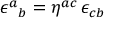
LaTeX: \epsilon ^ { a } { } _ { b } = \eta ^ { a c } \, \epsilon _ { c b }